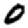
Digit: 0